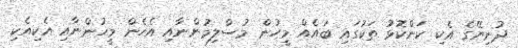
ދުނިޔޭގެ އެކި ކަންކޮޅު ތަކުގައި ބައެއް މީހުން މުސްލިމުންނާއި އެހެން މީހުންނާއި އެކިއެކި